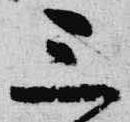
三